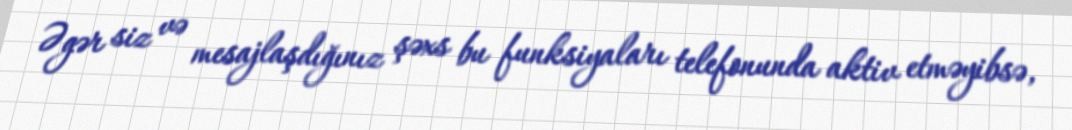
Əgər siz və mesajlaşdığınız şəxs bu funksiyaları telefonunda aktiv etməyibsə,